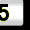
Digit: 5